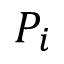
P _ { i }